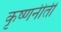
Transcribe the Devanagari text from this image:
कृष्णनीती